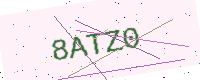
Text: 8ATZ0